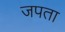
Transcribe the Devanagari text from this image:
जपता